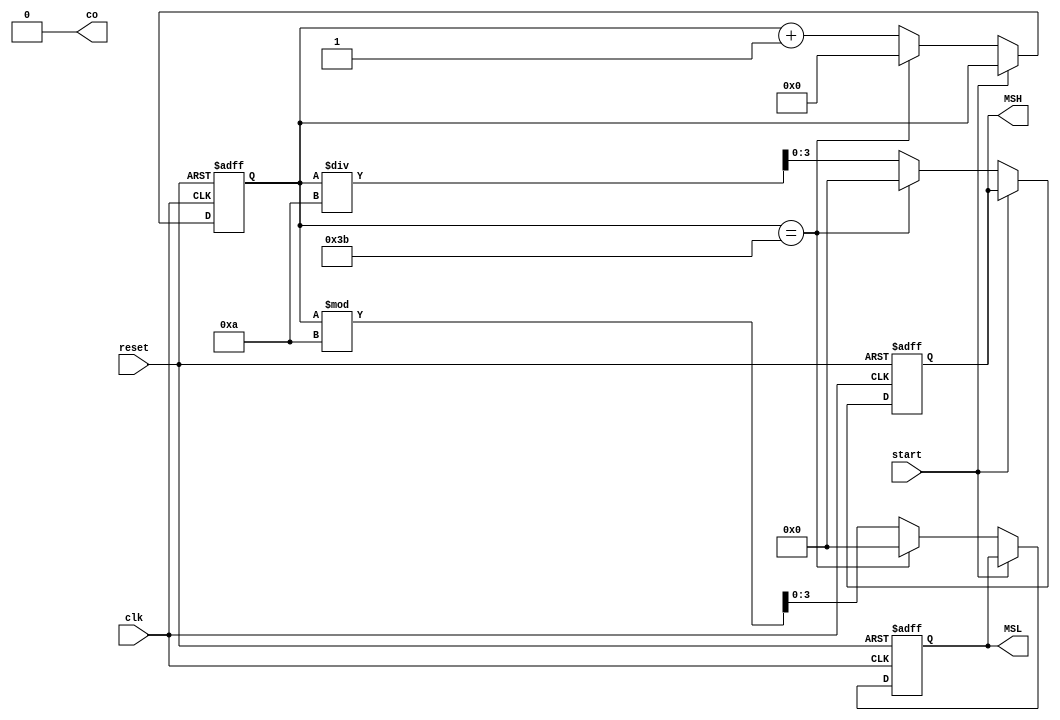
module microsecond(clk,reset,MSL,MSH,co,start);
input clk,start;
input reset;
output co=1'b0;
reg co;
output [3:0]MSL,MSH;
reg[3:0]MSL,MSH;
reg[7:0]cnt;

	always@(posedge clk or negedge reset)
	begin
	if (!reset)
		begin
			MSL = 4'd0;
			MSH = 4'd0;
			cnt <= 8'd0;
		end
	else
		begin
			if(!start)
				begin
				if (cnt==8'd59)
					begin
					cnt <= 8'd0;
					MSL <= 4'd0;
					MSH <= 4'd0;
					co <= 1'b1;
					end
				else
					begin
					cnt <= cnt+8'd1;
					MSL <= cnt%10;
					MSH <= cnt/10;
					co <= 1'b0;
					end
			end
		end
	end
endmodule